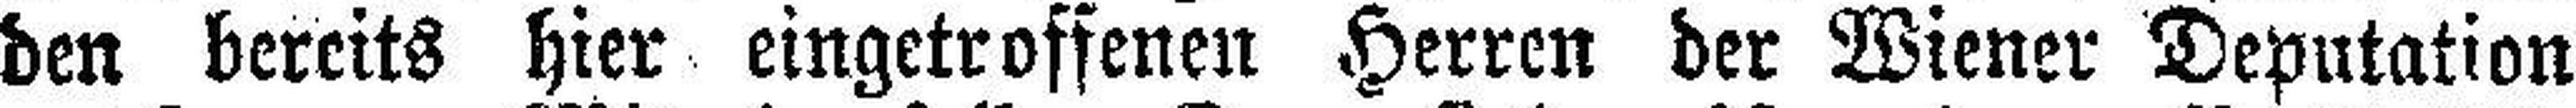
den bereits hier eingetroffenen Herren der Wiener Deputation